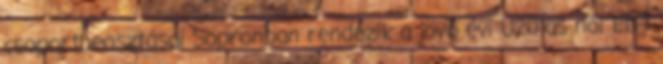
csoportbeosztásai Sopronban rendezik a jövő évi U20-as női Eb-t